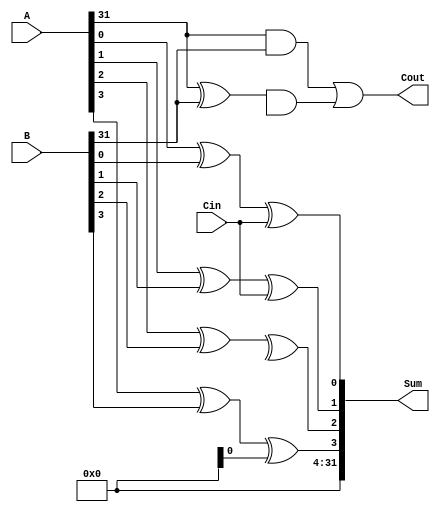
module carry_bypass_adder (
    input wire [31:0] A,
    input wire [31:0] B,
    input wire Cin,
    output wire [31:0] Sum,
    output wire Cout
);

wire [31:0] P, G, C, C0, C1, C2;
wire [31:0] S1, S2, S3, S4;

// Generate and propagate signals for carry-select adder
genvar i;
generate
    for (i = 0; i < 32; i = i + 1) begin
        assign P[i] = A[i] ^ B[i];
        assign G[i] = A[i] & B[i];
    end
endgenerate

// Carry propagation using carry-lookahead logic
assign C0 = Cin;
assign C1[0] = P[0] | (G[0] & C0);
assign C2[1] = P[1] | (G[1] & C1[0]);
assign C[2] = P[2] | (G[2] & C2[1]);

assign Cout = G[31] | (P[31] & C[30]);

// Calculate sum output using carry-bypass paths
assign S1[0] = A[0] ^ B[0] ^ Cin;
assign S2[1] = A[1] ^ B[1] ^ C0;
assign S3[2] = A[2] ^ B[2] ^ C1[1];
assign S4[3] = A[3] ^ B[3] ^ C2[2];

// Output sum
assign Sum = {S4[3], S3[2], S2[1], S1[0]};

endmodule